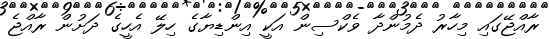
ރާއްޖޭގައި މިހާރު ދެމުންދާ ވެކްސިން އަކީ އިންޑިޔާގެ ހިލޭ އެހީގެ ދަށުން ރާއްޖެ